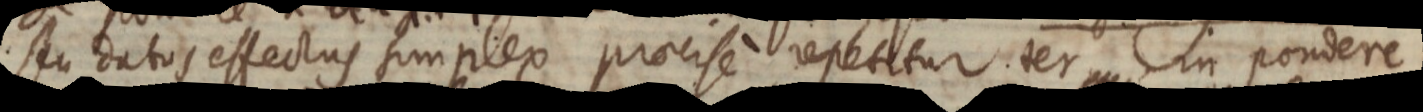
seu datus effectus simplex praecise repetitur ter in pondere